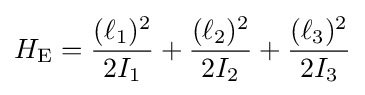
H_{\rm {E}}={\frac {(\ell _{1})^{2}}{2I_{1}}}+{\frac {(\ell _{2})^{2}}{2I_{2}}}+{\frac {(\ell _{3})^{2}}{2I_{3}}}